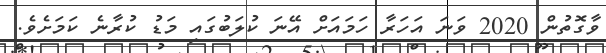
ވާގޮތުން 2020 ވަނަ އަހަރާ ހަމައަށް އޭނަ ކުލަބުގައި މަޑު ކުރާނެ ކަމަށެވެ.